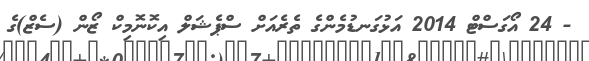
- 24 އޯގަސްޓް 2014 އަޅުގަނޑުމެންގެ ތެރެއަށް ސްޕެޝަލް އިކޮނޮމިކް ޒޯން (ސެޒް)ގެ